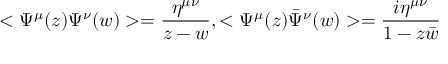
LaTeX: < \Psi ^ { \mu } ( z ) \Psi ^ { \nu } ( w ) > = \frac { \eta ^ { \mu \nu } } { z - w } , < \Psi ^ { \mu } ( z ) { \bar { \Psi } } ^ { \nu } ( w ) > = \frac { i \eta ^ { \mu \nu } } { 1 - z \bar { w } }